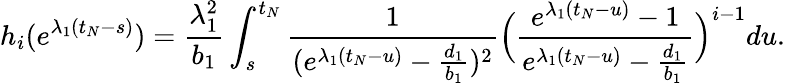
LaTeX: h_{i}(e^{\lambda_{1}(t_{N}-s)})=\frac{\lambda_{1}^{2}}{b_{1}}\int_{s}^{t_{N}}\frac{1}{(e^{\lambda_{1}(t_{N}-u)}-\frac{d_{1}}{b_{1}})^{2}}\Big(\frac{e^{\lambda_{1}(t_{N}-u)}-1}{e^{\lambda_{1}(t_{N}-u)}-\frac{d_{1}}{b_{1}}}\Big)^{i-1}du.